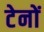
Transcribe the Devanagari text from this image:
टेनों